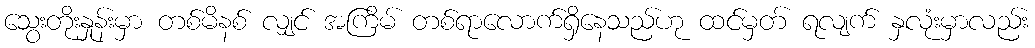
သွေးတိုးနှုန်းမှာ တစ်မိနစ် လျှင် အကြိမ် တစ်ရာလောက်ရှိနေသည်ဟု ထင်မှတ် ရလျက် နှလုံးမှာလည်း